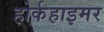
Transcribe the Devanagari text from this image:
होर्कहाइमर